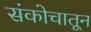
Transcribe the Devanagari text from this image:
संकोचातून